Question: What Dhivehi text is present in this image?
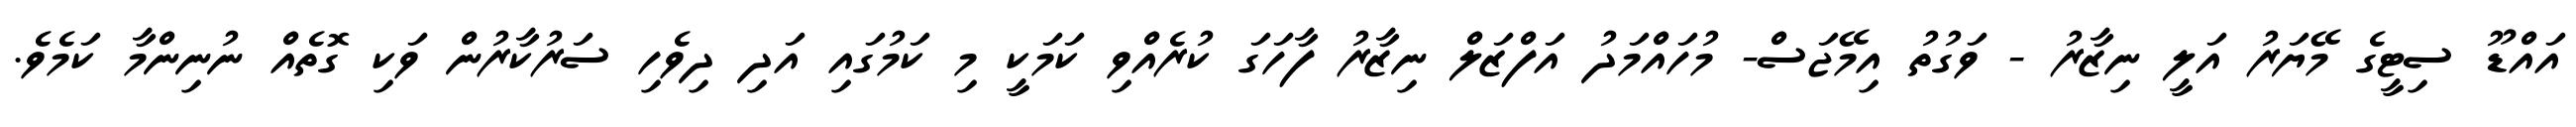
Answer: އައްޑޫ ސިޓީގެ މޭޔަރު އަލީ ނިޒާރު - ވަގުތު އިމޭޖަސް- މުހައްމަދު އަފްޒަލް ނިޒާރު ފާހަގަ ކުރެއްވި ކަމަކީ މި ކަމުގައި އަދި ދިވެހި ސަރުކާރުން ވަކި ގޮތެއް ނުނިންމާ ކަމެވެ.